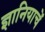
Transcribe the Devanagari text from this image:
ज्ञानियाचें